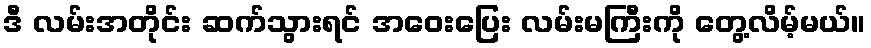
ဒီ လမ်းအတိုင်း ဆက်သွားရင် အဝေးပြေး လမ်းမကြီးကို တွေ့လိမ့်မယ်။